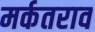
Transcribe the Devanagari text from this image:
मर्कतराव